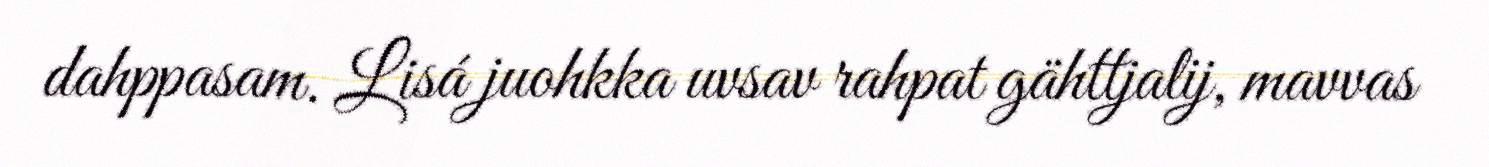
dahppasam. Lisá juohkka uvsav rahpat gähttjalij, mavvas